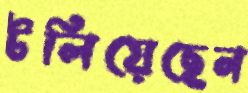
টলিয়েছেন